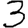
Digit: 3